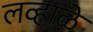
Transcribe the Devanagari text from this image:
लव्हाळे